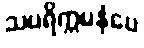
သပရိက္ကမနံပေ